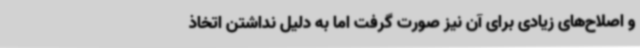
و اصلاح‌های زیادی برای آن نیز صورت گرفت اما به دلیل نداشتن اتخاذ